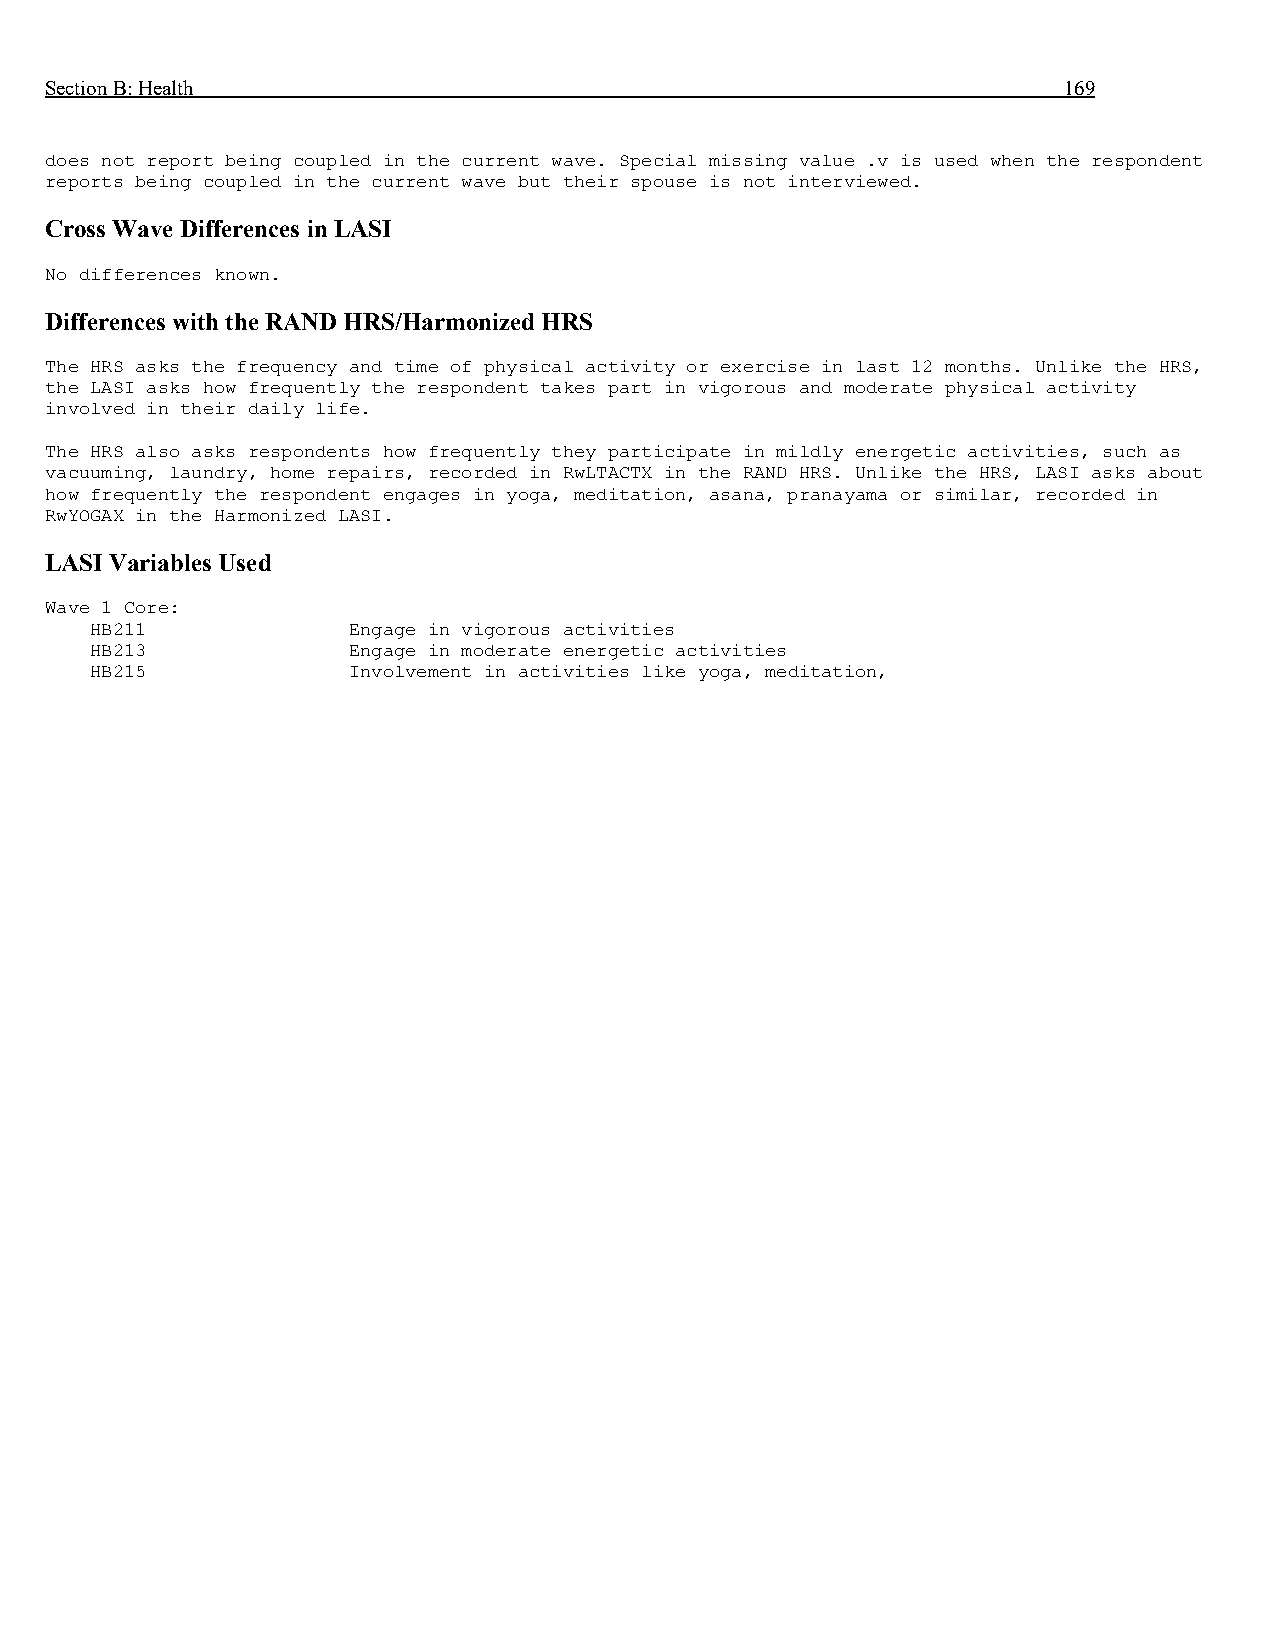
Section B: Health                                                  169
 does not report being coupled in the current wave. Special missing value .v is used when the respondent
 reports being coupled in the current wave but their spouse is not interviewed.
 Cross Wave Differences in LASI
 No differences known.
 Differences with the RAND HRS/Harmonized HRS
 The HRS asks the frequency and time of physical activity or exercise in last 12 months. Unlike the HRS,
 the LASI asks how frequently the respondent takes part in vigorous and moderate physical activity
 involved in their daily life.
 The HRS also asks respondents how frequently they participate in mildly energetic activities, such as
 vacuuming, laundry, home repairs, recorded in RwLTACTX in the RAND HRS. Unlike the HRS, LASI asks about
 how frequently the respondent engages in yoga, meditation, asana, pranayama or similar, recorded in
 RwYOGAX in the Harmonized LASI.
 LASI Variables Used
 Wave 1 Core:
 HB211            Engage in vigorous activities
 HB213            Engage in moderate energetic activities
 HB215            Involvement in activities like yoga, meditation,